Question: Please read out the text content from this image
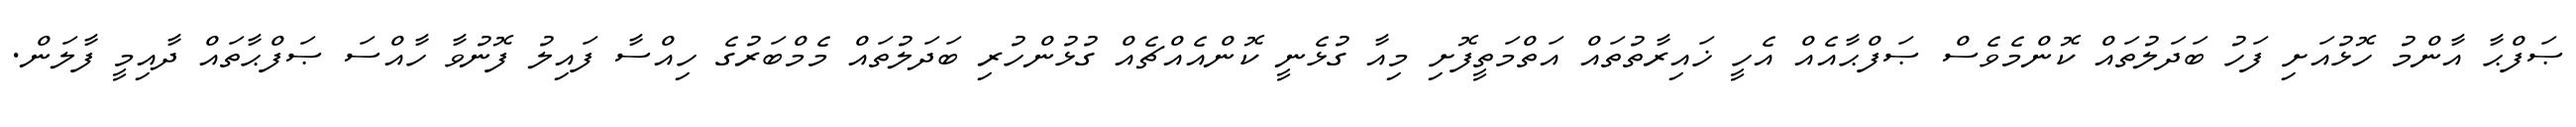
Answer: ޞަފްޙާ އާންމު ހޮޅުއަށި ފަހު ބަދަލުތައް ކޮންމެވެސް ޞަފްޙާއެއް އެހީ ޚައިރާތުތައް އަތްމަތީފޮށި މިއާ ގުޅެނީ ކޮންއެއްޗެއް ގުޅުންހުރި ބަދަލުތައް މެމްބަރުގެ ހިއްސާ ފައިލު ފޮނުވާ ހާއްސަ ޞަފްޙާތައް ދާއިމީ ފާލަން.